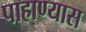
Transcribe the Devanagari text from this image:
पाहाण्यास